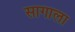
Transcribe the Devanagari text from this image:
सागाला